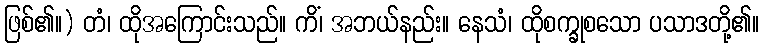
ဖြစ်၏။) တံ၊ ထိုအကြောင်းသည်။ ကိံ၊ အဘယ်နည်း။ နေသံ၊ ထိုစက္ခုစသော ပသာဒတို့၏။